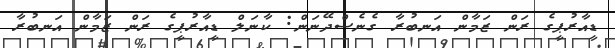
ޑީއާރުޕީގެ ރަން ޒަމާން އަނބުރާ ގެނެސްދޭނަން: ކާނަލް ޑީއާރުޕީގެ ރަން ޒަމާން އަނބުރާ